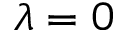
\lambda = 0